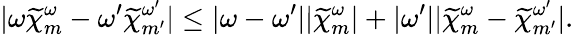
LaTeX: |\omega\widetilde{\chi}_{m}^{\omega}-\omega^{\prime}\widetilde{\chi}_{m^{\prime}}^{\omega^{\prime}}|\leq|\omega-\omega^{\prime}||\widetilde{\chi}_{m}^{\omega}|+|\omega^{\prime}||\widetilde{\chi}_{m}^{\omega}-\widetilde{\chi}_{m^{\prime}}^{\omega^{\prime}}|.